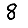
Digit: 8